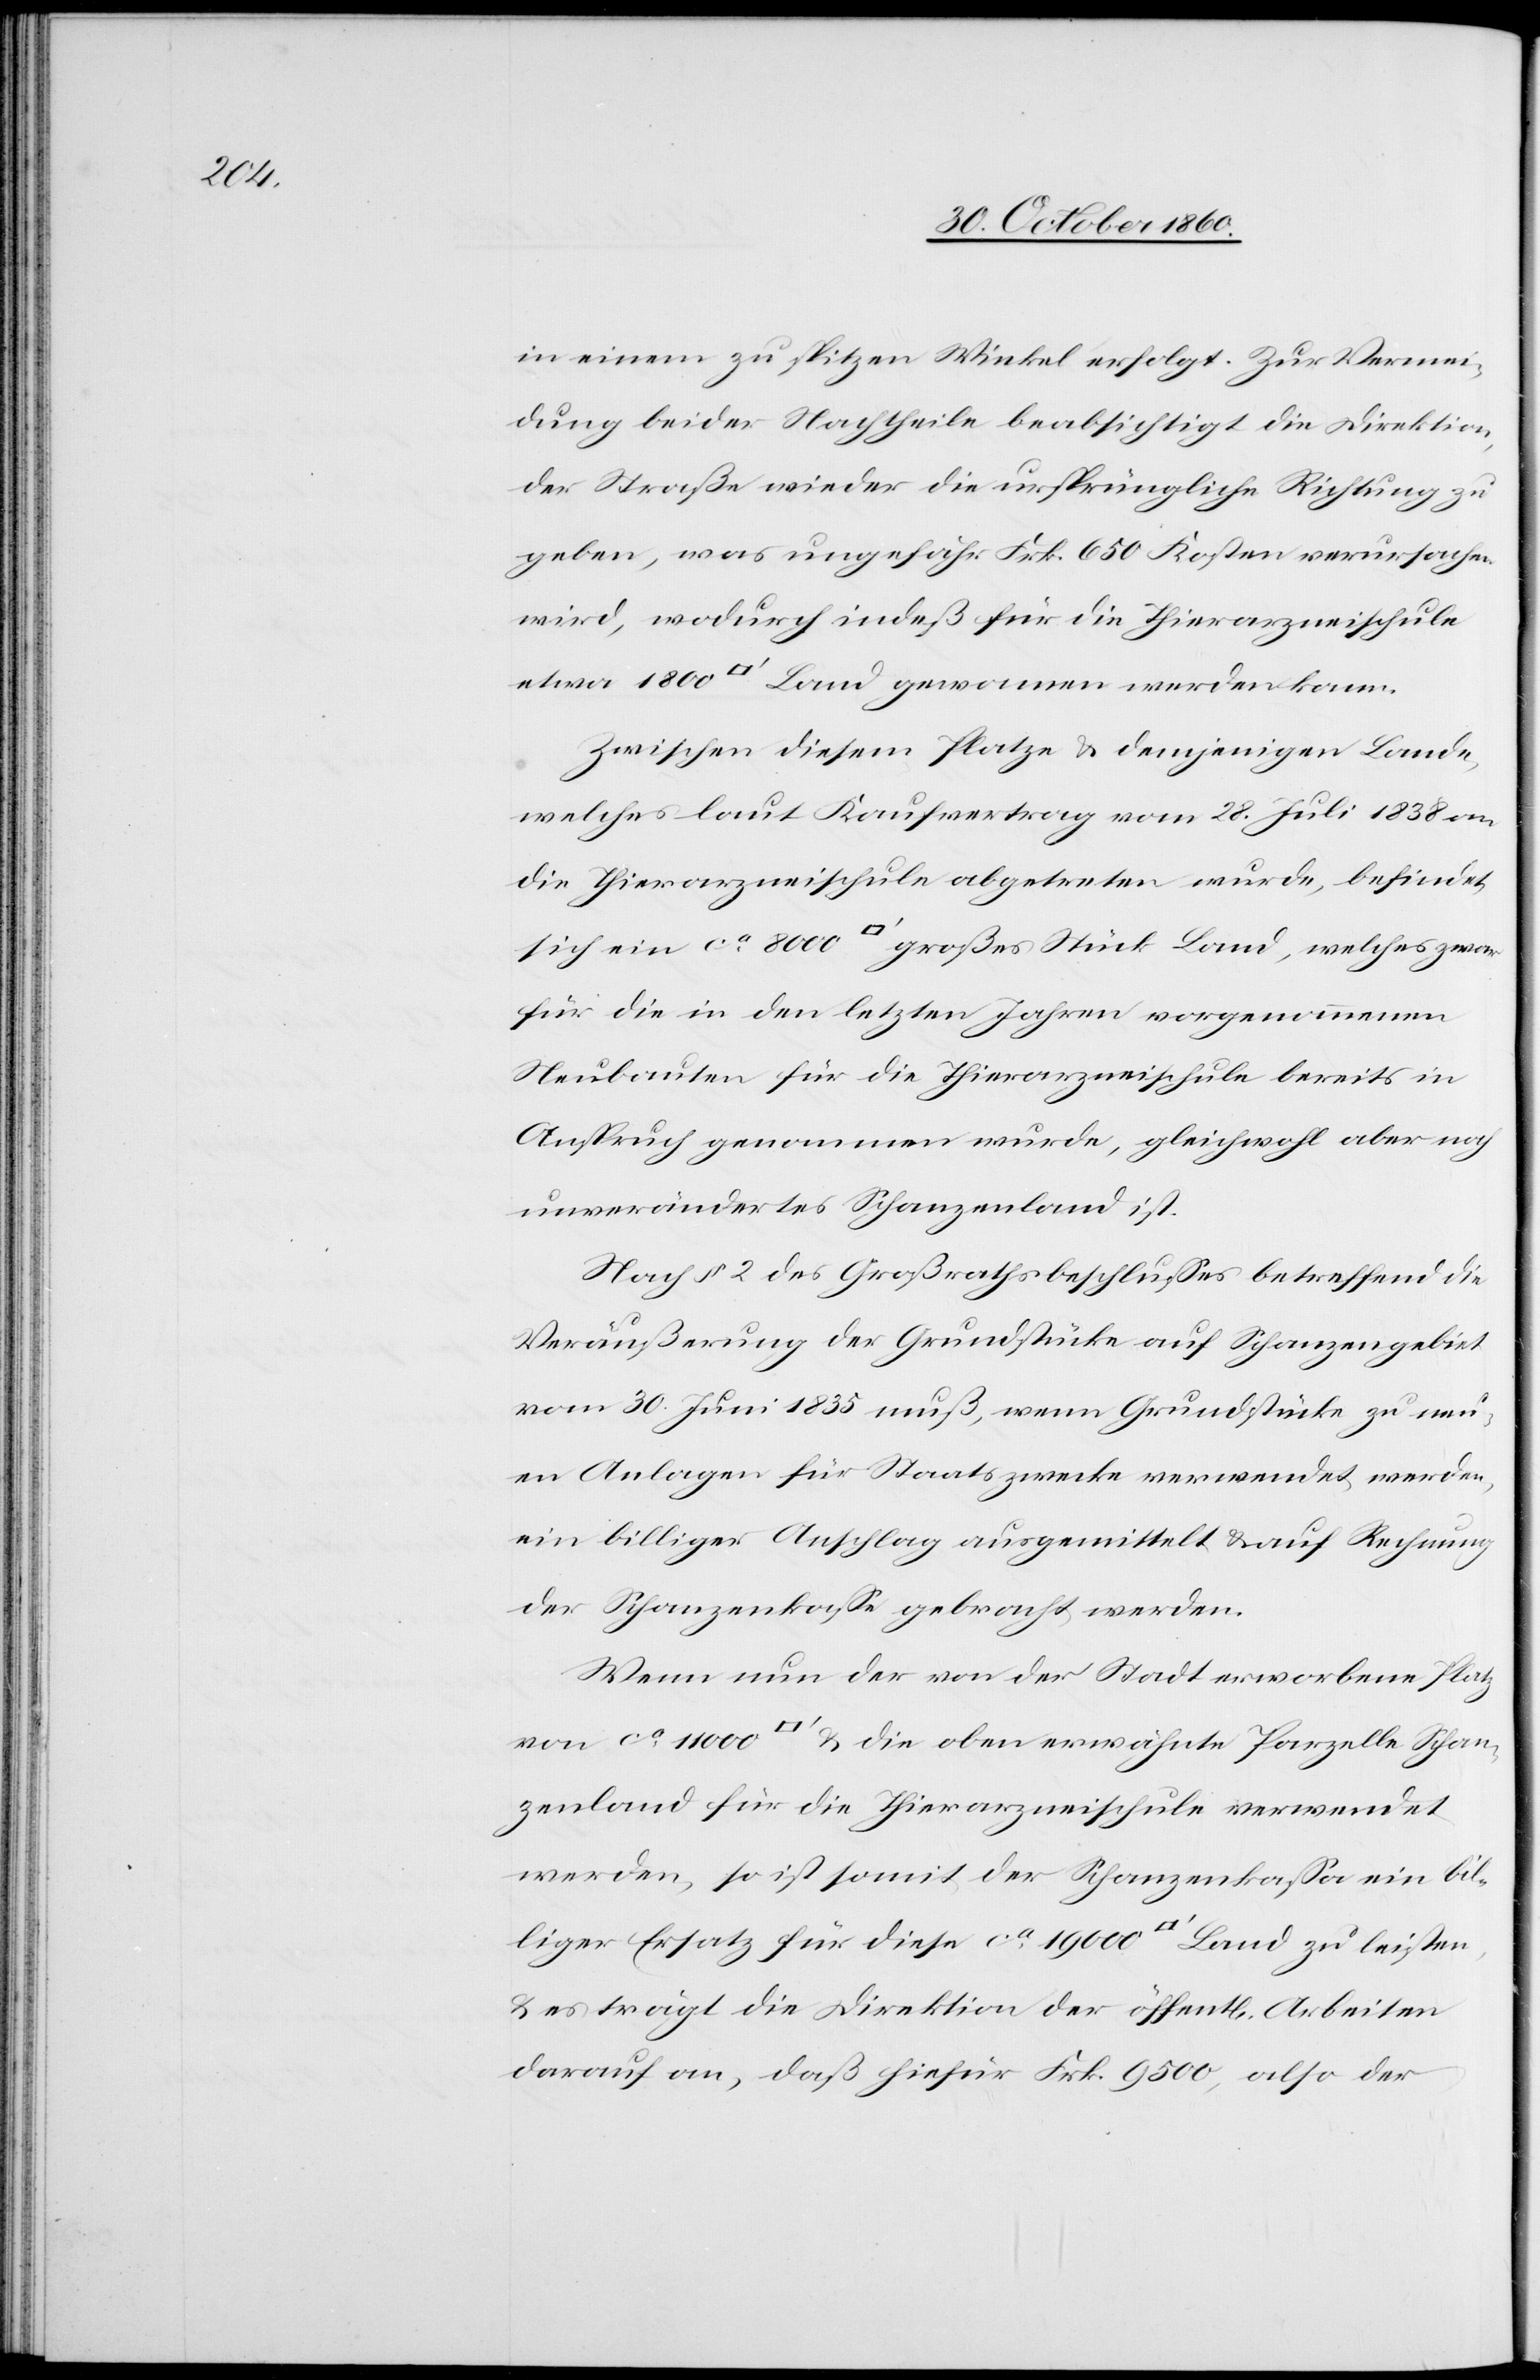
in einem zu spitzen Winkel erfolgt. Zur Verwen¬
dung beider Nachtheile beabsichtigt die Direktion,
der Straße wieder die ursprüngliche Richtung zu
geben, was ungefähr Frk. 650 Kosten verursachen
wird, wodurch indeß für die Thierarzneischule
etwa 1800 [Quadratfuß] Land gewonnen werden kann.
Zwischen diesem Platze u. demjenigen Lande,
welches laut Kaufvertrag vom 28. Juli 1838 an
die Thierarzneischule abgetreten wurde, befindet
sich ein ca 8000 [Quadratfuß] großes Stück Land, welches zwar
für die in den letzten Jahren vorgenommenen
Neubauten für die Thierarzneischule bereits in
Anspruch genommen wurde, gleichwohl aber noch
unverändertes Schanzenland ist.
Nach § 2 des Großrathsbeschlusses betreffend die
Veräußerung der Grundstücke auf Schanzengebiet
vom 30. Juni 1835 muß, wenn Grundstücke zu neu¬
en Anlagen für Staatszwecke verwendet werden,
ein billiger Anschlag ausgemittelt u. auf Rechnung
der Schanzenkasse gebracht werden.
Wenn nun der von der Stadt erworbene Platz
von ca 11 000 [Quadratfuß] u. die oben erwähnte Parzelle Schan¬
zenland für die Thierarzneischule verwendet
werden, so ist somit der Schanzenkassa ein bil¬
liger Ersatz für diese ca 19 000 [Quadratfuß] Land zu leisten,
u. es trägt die Direktion der öffentl. Arbeiten
darauf an, daß hiefür Frk. 9500, also der